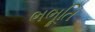
ભભૂતિ